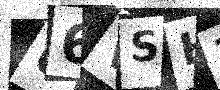
Text: U6VSH3